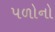
પળોનો